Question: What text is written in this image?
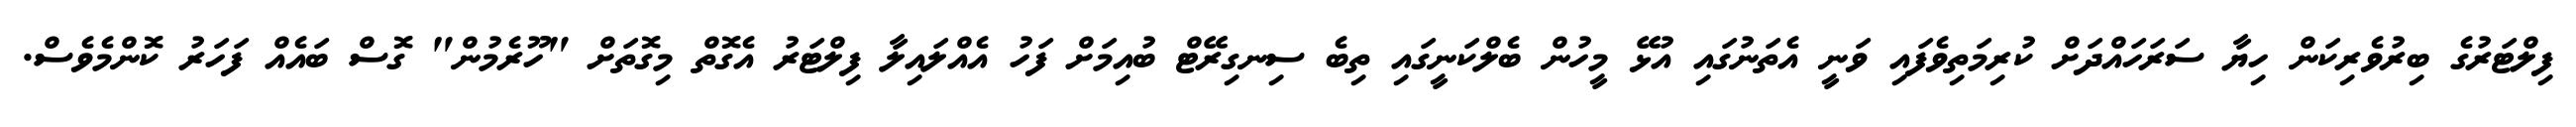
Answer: ފިލްޓަރުގެ ބިރުވެރިކަން ހިޔާ ސަރަހައްދަށް ކުރިމަތިވެފައި ވަނީ އެތަނުގައި އުޅޭ މީހުން ބެލްކަނީގައި ތިބެ ސިނގިރޭޓް ބުއިމަށް ފަހު އެއްލައިލާ ފިލްޓަރު އެގޮތް މިގޮތަށް "ހޫރެމުން" ގޮސް ބައެއް ފަހަރު ކޮންމެވެސް.